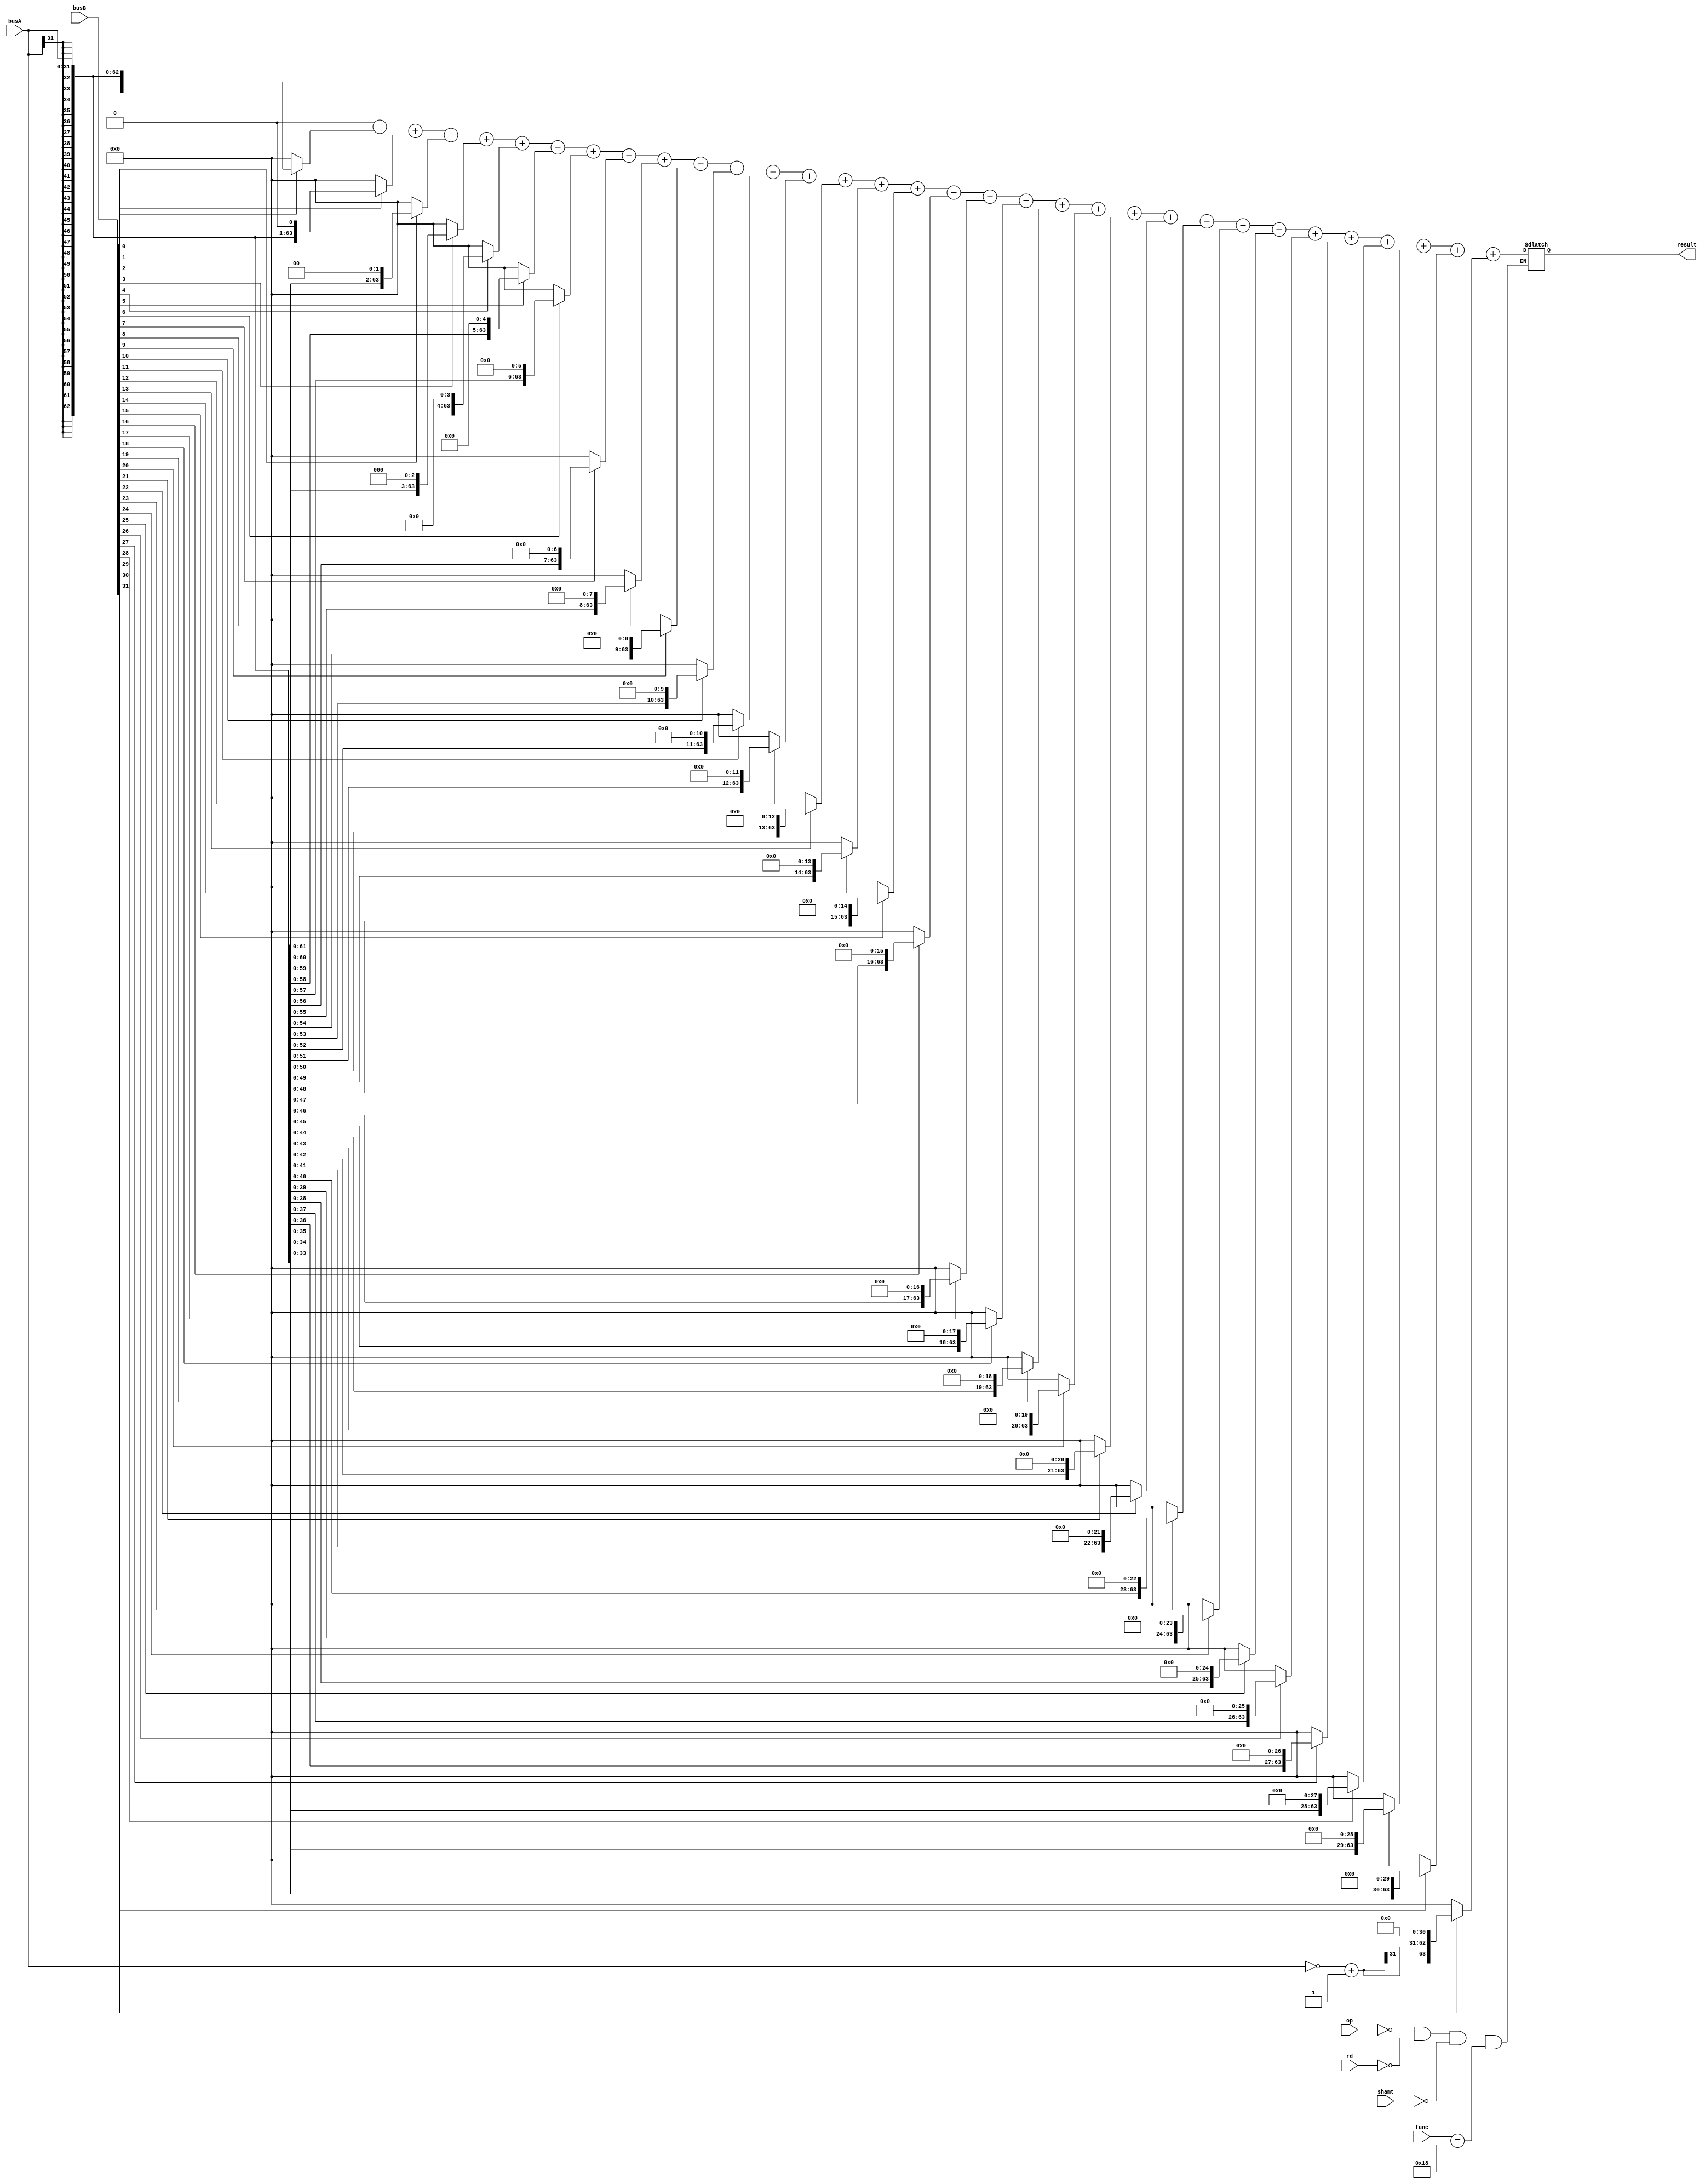
module MULT(op,busA,busB,rd,shamt,func,result);
// this is for MULT 32*32 multiplication
	input[5:0]	op;
	input[31:0]	busA,busB;
	input[4:0]	rd,shamt;
	input[5:0]	func;

	output reg[63:0]	result;
	integer		i;
	reg[63:0]	count[31:0];
	reg[31:0]	sign;
	
	initial
	begin
		for(i = 0;i<32;i = i+1)
			count[i] = 0;
		sign = 0;
		result = 0;
	end
//Multiply by bit
	always@(*)
	begin
		if(op == 6'b000000 && rd == 5'b00000 && shamt == 5'b00000 && func == 6'b011000)
		begin
			count[0] = busB[0]?{{32{busA[31]}},busA} : 64'b0;
			count[1] = busB[1]?{{31{busA[31]}},busA,1'b0} : 64'b0;
			count[2] = busB[2]?{{30{busA[31]}},busA,2'b0} : 64'b0;
			count[3] = busB[3]?{{29{busA[31]}},busA,3'b0} : 64'b0;
			count[4] = busB[4]?{{28{busA[31]}},busA,4'b0} : 64'b0;
			count[5] = busB[5]?{{27{busA[31]}},busA,5'b0} : 64'b0;
			count[6] = busB[6]?{{26{busA[31]}},busA,6'b0} : 64'b0;
			count[7] = busB[7]?{{25{busA[31]}},busA,7'b0} : 64'b0;
			count[8] = busB[8]?{{24{busA[31]}},busA,8'b0} : 64'b0;
			count[9] = busB[9]?{{23{busA[31]}},busA,9'b0} : 64'b0;
			count[10] = busB[10]?{{22{busA[31]}},busA,10'b0} : 64'b0;
			count[11] = busB[11]?{{21{busA[31]}},busA,11'b0} : 64'b0;
			count[12] = busB[12]?{{20{busA[31]}},busA,12'b0} : 64'b0;
			count[13] = busB[13]?{{19{busA[31]}},busA,13'b0} : 64'b0;
			count[14] = busB[14]?{{18{busA[31]}},busA,14'b0} : 64'b0;
			count[15] = busB[15]?{{17{busA[31]}},busA,15'b0} : 64'b0;
			count[16] = busB[16]?{{16{busA[31]}},busA,16'b0} : 64'b0;
			count[17] = busB[17]?{{15{busA[31]}},busA,17'b0} : 64'b0;
			count[18] = busB[18]?{{14{busA[31]}},busA,18'b0} : 64'b0;
			count[19] = busB[19]?{{13{busA[31]}},busA,19'b0} : 64'b0;
			count[20] = busB[20]?{{12{busA[31]}},busA,20'b0} : 64'b0;
			count[21] = busB[21]?{{11{busA[31]}},busA,21'b0} : 64'b0;
			count[22] = busB[22]?{{10{busA[31]}},busA,22'b0} : 64'b0;
			count[23] = busB[23]?{{9{busA[31]}},busA,23'b0} : 64'b0;
			count[24] = busB[24]?{{8{busA[31]}},busA,24'b0} : 64'b0;
			count[25] = busB[25]?{{7{busA[31]}},busA,25'b0} : 64'b0;
			count[26] = busB[26]?{{6{busA[31]}},busA,26'b0} : 64'b0;
			count[27] = busB[27]?{{5{busA[31]}},busA,27'b0} : 64'b0;
			count[28] = busB[28]?{{4{busA[31]}},busA,28'b0} : 64'b0;
			count[29] = busB[29]?{{3{busA[31]}},busA,29'b0} : 64'b0;
			count[30] = busB[30]?{{2{busA[31]}},busA,30'b0} : 64'b0;
			
			sign = ~busA + 1'b1;
			count[31] = busB[31]?{{1{sign[31]}},sign,31'b0} : 64'b0;

			result = 0;
			for(i = 0;i<32;i= i+1)
			begin
				result = result + count[i];
			end
		end
	end

endmodule